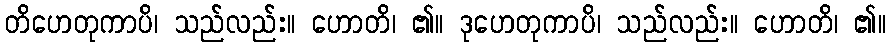
တိဟေတုကာပိ၊ သည်လည်း။ ဟောတိ၊ ၏။ ဒုဟေတုကာပိ၊ သည်လည်း။ ဟောတိ၊ ၏။